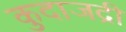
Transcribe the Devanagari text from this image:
कुदाजद्री